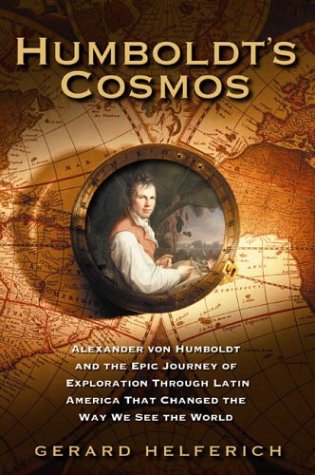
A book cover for Humboldt's Cosmos: Alexander von Humboldt and the Latin American Journey that Changed the Way We See the World; Gerard Helferich; Biographies & Memoirs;